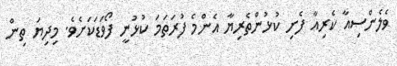
ވެލެންސިއާ ކެރިއާ ފެށި ކުޅުންތެރިޔާ އެންމެ ފުރަތަމަ ކުޅުނީ ފޯވަޑަކަށެވެ. މިދިޔަ ތިން